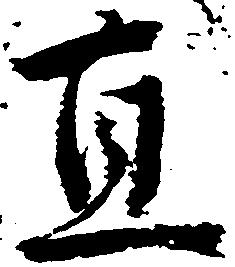
直